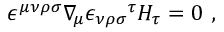
\epsilon ^ { \mu \nu \rho \sigma } \nabla _ { \! \mu } { \epsilon _ { \nu \rho \sigma } } ^ { \tau } H _ { \tau } = 0 \ ,